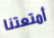
أمتعتنا